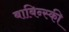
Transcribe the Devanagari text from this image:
बाबिन्स्की